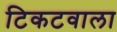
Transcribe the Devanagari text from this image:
टिकटवाला